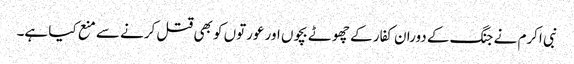
نبی اکرم نے جنگ کے دوران کفار کے چھوٹے بچوں اور عورتوں کو بھی قتل کرنے سے منع کیا ہے۔